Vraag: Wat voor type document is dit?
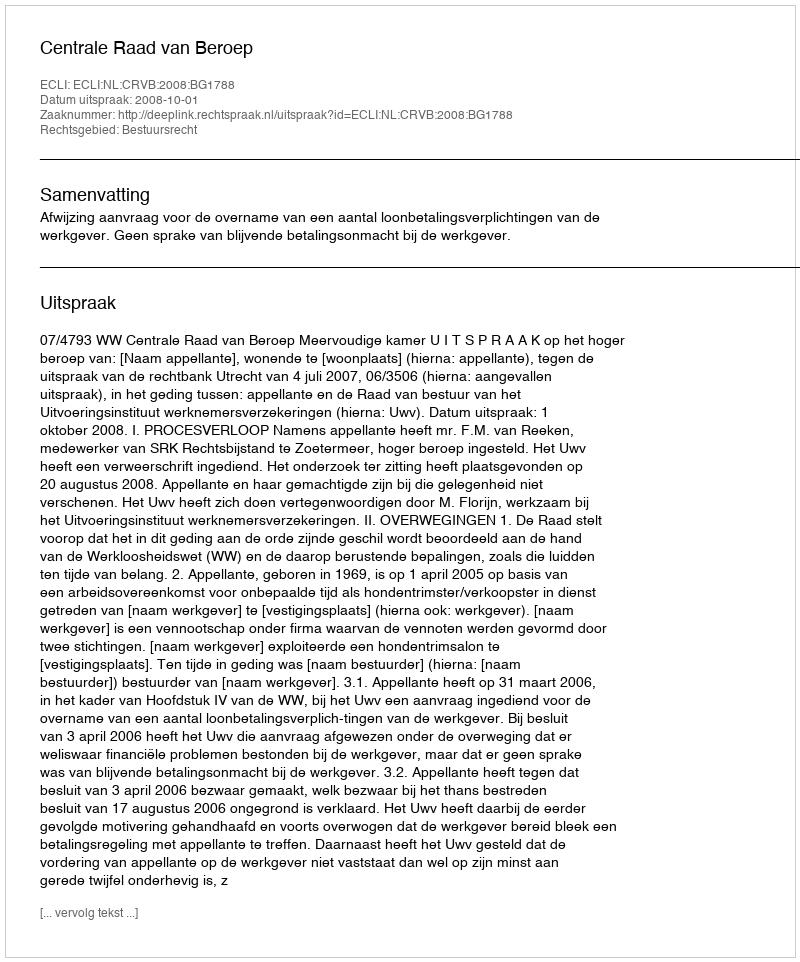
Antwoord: Uitspraak